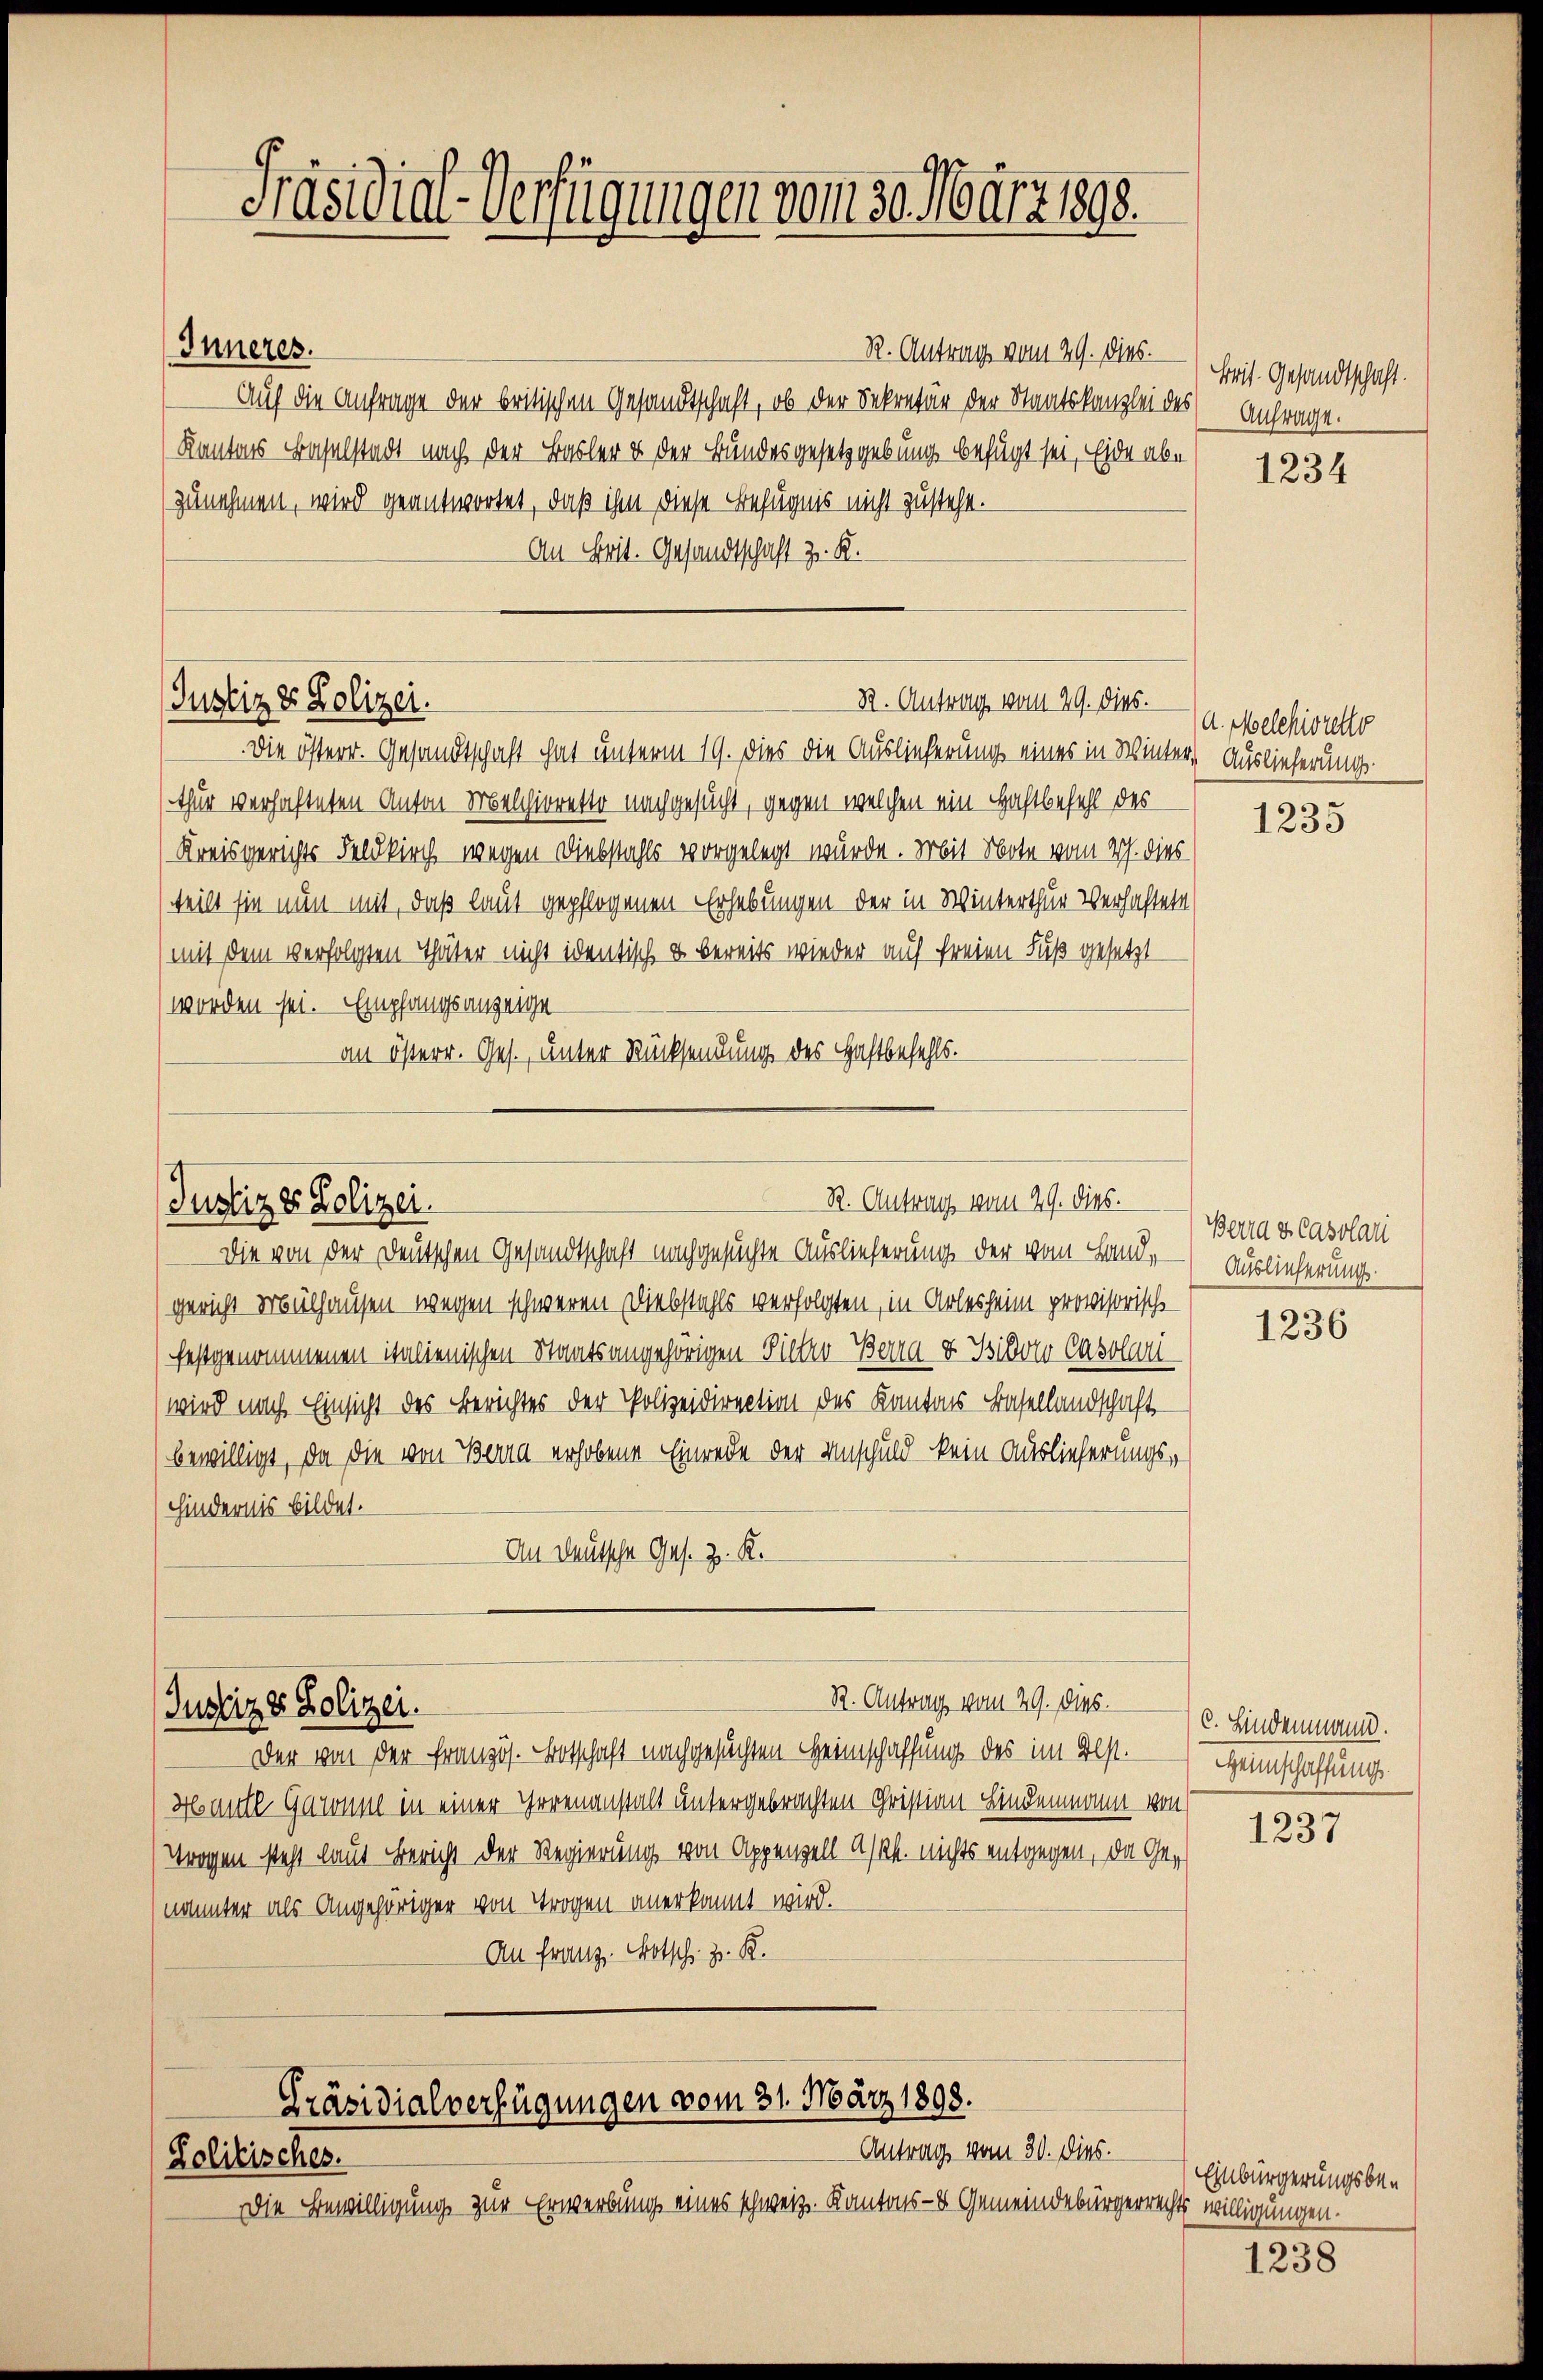
Inneres.

Präsidial-Verfügungen vom 30. März 1898.

R. Antrags vom 29. Dies
Auf die Anfrage der britischen Gesandtschaft, ob der Sekretär der Staatskanzlei des
Kantons Baselstadt nach der Basler & der Bundesgesetzgebung befügt sei, Eide abe
zunehmen, wird geantwortet, daß ihm diese Befugnis nicht zusteht.
An Brit. Gesandtschaft z. R.

Justiz & Polizei.

82. Antrag vom 29. dies.

Die österr. Gesandtschaft hat unterm 19. dies die Auslieferung eines in Winter, Auslieferungsthur verhafteten Anton Melchioretto nachgesucht, gegen welchen ein Haftbefehl des
(Kreisgerichts Feldkirch, wegen Diebstahls vorgelegt wurde. Mit Note vom 2. dies
(teilt sie nun mit, daß laut gepflogenen Erhebungen der in Winterthur verhaftete
(mit dem verfolgten Thäter nicht identische u bereits wieder auf freien Fuß gesetzt
worden sei. Empfangsanzeige
an österr. Ges., unter Rücksendung des Haftbefehls.

R. Antrag vom 29. dies.
Justiz & Polizei.
Die von der Deutschen Gesandtschaft nachgesuchte Auslieferung der vom Land¬

R. Antrag vom 29. Dies
Justiz & Polizei.

gericht Mülhausen wegen schweren Diebstahls verfolgten, in Arlesheim provisorische
festgenommenen italienischen Staatsangehörigen Pietro-Berra v. Jsidoco Casolariwird nach Einsicht des Berichtes der Polizeidirection des Kantons Basellandschaft
bewilligt, da die von Berg erhobene Einrede der Unschuld kein Auslieferungshindernis bildet.
An Deutsche Ges. z. R.

Präsidialverfügungen vom 31. März 1898.
Antrag vom 30. dies.
Politisches.

Die Bewilligung zur Erwerbung eines schweiz. Kantons- & Gemeindebürgerrechts willigungen.

Der von der Französ. Botschaft nachgesuchten Heimschaffung des im Elst.
Hantl Gawonil in einer Horenanstalt untergebrachten Christian Lindenmann von
Vrogen steht laut Bericht der Regierung von Appenzell A/Rh. nichts entgegen, da Genaunter als Angehöriger von Trogen anerkannt wird.
An Franz. Botsch z. B.

Brit. Gesandtschaft.
Anfrage.

1234

A. Melchioretto

1235

Berra i casolati
Auslieferung.

1236

C. Lindenmann.
HHeimschaffung.

1237

Einbürgerungsbe¬

1238